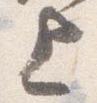
上